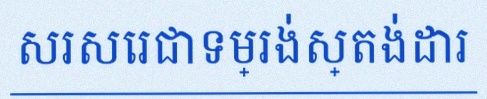
សរសេរជាទម្រង់ស្តង់ដារ